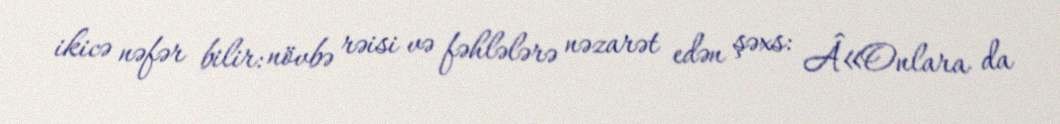
ikicə nəfər bilir: növbə rəisi və fəhlələrə nəzarət edən şəxs: Â«Onlara da